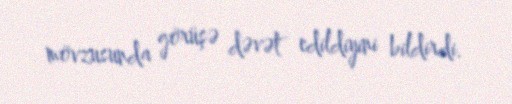
mövzusunda görüşə dəvət edildiyini bildirdi.